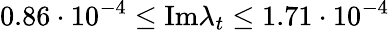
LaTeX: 0.86\cdot 10^{-4}\le\mathrm{Im}\lambda_{t}\le 1.71\cdot 10^{-4}